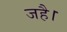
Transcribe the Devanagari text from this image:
जहै।